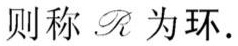
则称 $\mathscr{R}$ 为环.